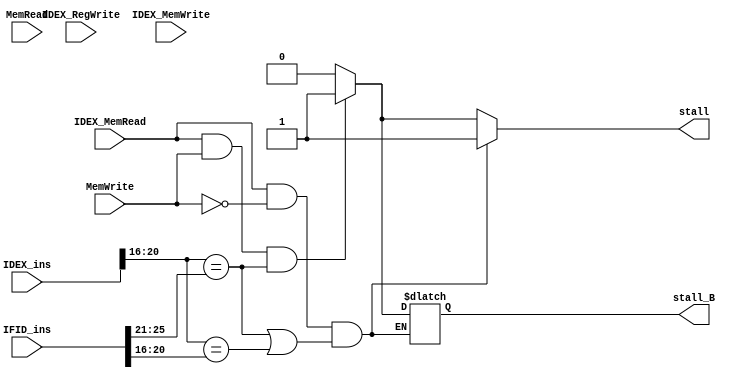
`timescale 1ns / 1ps
//////////////////////////////////////////////////////////////////////////////////
// Company: 
// Engineer: 
// 
// Design Name: 
// Module Name: Harzard_Detection_Unit
// Project Name: 
// Target Devices: 
// Tool Versions: 
// Description: 
// 
// Dependencies: 
// 
// Revision:
// Revision 0.01 - File Created
// Additional Comments:
// 
//////////////////////////////////////////////////////////////////////////////////


module Hazard_Detection_Unit(input IDEX_RegWrite,
input IDEX_MemRead,
input IDEX_MemWrite,
input MemRead,
input MemWrite, 
input[31:0] IDEX_ins, 
input[31:0] IFID_ins, 
output reg stall,
output reg stall_B);
reg[4:0] rs_1,rt_1,rs_2,rt_2;
always@(*)begin
    rt_1 <= IDEX_ins[20:16];
    rs_1 <= IDEX_ins[25:21];
    rs_2 <= IFID_ins[25:21];
    rt_2 <= IFID_ins[20:16];
    if((IDEX_MemRead ==1 && MemWrite != 1)&&((rt_1 == rs_2)||(rt_1 == rt_2)))begin
        stall <= 1;       
    end else if((IDEX_MemRead ==1 && MemWrite == 1) && (rt_1 == rs_2))begin
        stall_B <= 1;
        stall <= 1;
    end else begin
        stall_B <= 0;
        stall <= 0;
    end
end
endmodule